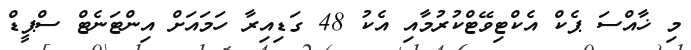
މި ޚާއްސަ ޕެކް އެކްޓިވޭޓްކުރުމާއި އެކު 48 ގަޑިއިރާ ހަމައަށް އިންޓަނެޓް ސްޕީޑް